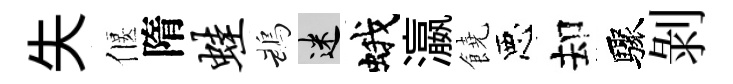
失偃隋蛙鵡迷蛾瀛饒惡却驟剝